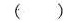
（）